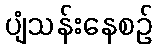
ပျံသန်းနေစဉ်